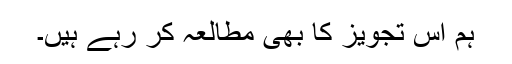
ہم اس تجویز کا بھی مطالعہ کر رہے ہیں۔